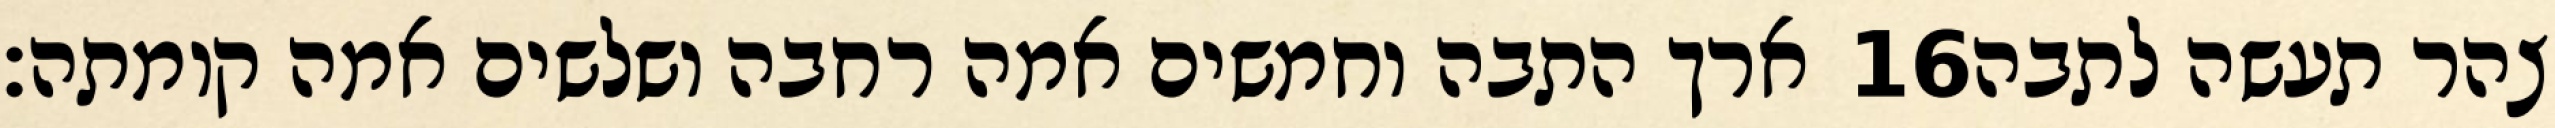
ארך התבה וחמשים אמה רחבה ושלשים אמה קומתה׃ ‎16‏ צהר תעשה לתבה